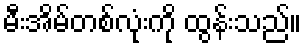
မီးအိမ်တစ်လုံးကို ထွန်းသည်။